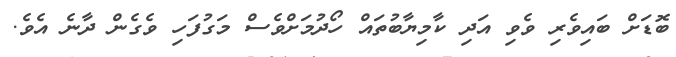
ބޮޑަށް ބައިވެރި ވެވި އަދި ކާމިޔާބުތައް ހޯދުމަށްވެސް މަގުފަހި ވެގެން ދާނެ އެވެ.